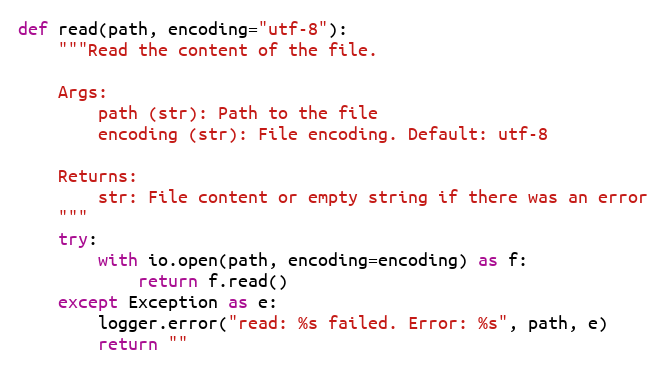
Language: Python
def read(path, encoding="utf-8"):
    """Read the content of the file.

    Args:
        path (str): Path to the file
        encoding (str): File encoding. Default: utf-8

    Returns:
        str: File content or empty string if there was an error
    """
    try:
        with io.open(path, encoding=encoding) as f:
            return f.read()
    except Exception as e:
        logger.error("read: %s failed. Error: %s", path, e)
        return ""